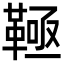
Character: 䩯